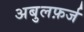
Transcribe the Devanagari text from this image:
अबुलफ़र्ज